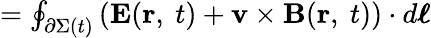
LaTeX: \textstyle=\oint_{\partial\Sigma(t)}\left(\mathbf{E}(\mathbf{r},\ t)+\mathbf{v\times B}(\mathbf{r},\ t)\right)\cdot d{\boldsymbol{\ell}}